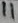
Text: 11